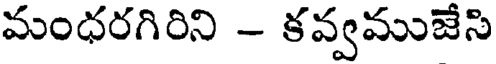
మంధరగిరిని - కవ్వముజేసి